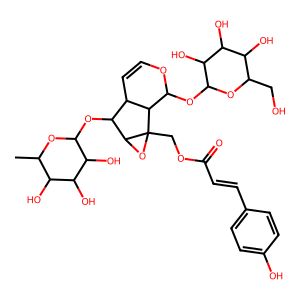
SMILES: CC1OC(OC2C3C=COC(OC4OC(CO)C(O)C(O)C4O)C3C3(COC(=O)C=Cc4ccc(O)cc4)OC23)C(O)C(O)C1O
Inhibits HIV replication: No